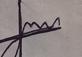
Signature authenticity: forged